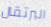
البرتقال